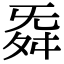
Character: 𮎁